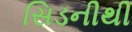
સિડનીથી